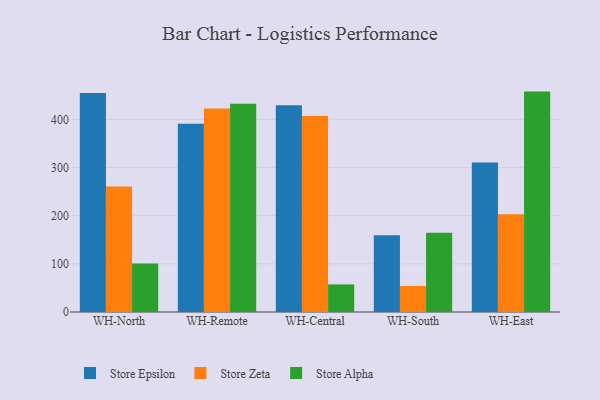
{"axis": {"x": "Warehouse", "y": "Operating Costs (USD K)"}, "legend": ["Store Alpha", "Store Epsilon", "Store Zeta"], "data": [{"x": "WH-North", "y": 455.1, "type": "Store Epsilon"}, {"x": "WH-North", "y": 260.5, "type": "Store Zeta"}, {"x": "WH-North", "y": 101.0, "type": "Store Alpha"}, {"x": "WH-Remote", "y": 391.1, "type": "Store Epsilon"}, {"x": "WH-Remote", "y": 422.8, "type": "Store Zeta"}, {"x": "WH-Remote", "y": 432.5, "type": "Store Alpha"}, {"x": "WH-Central", "y": 429.6, "type": "Store Epsilon"}, {"x": "WH-Central", "y": 407.0, "type": "Store Zeta"}, {"x": "WH-Central", "y": 57.4, "type": "Store Alpha"}, {"x": "WH-South", "y": 159.6, "type": "Store Epsilon"}, {"x": "WH-South", "y": 54.0, "type": "Store Zeta"}, {"x": "WH-South", "y": 164.4, "type": "Store Alpha"}, {"x": "WH-East", "y": 310.5, "type": "Store Epsilon"}, {"x": "WH-East", "y": 203.1, "type": "Store Zeta"}, {"x": "WH-East", "y": 457.8, "type": "Store Alpha"}]}